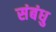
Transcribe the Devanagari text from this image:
संबंधु